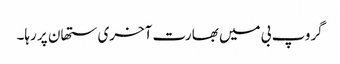
گروپ بی میں بھارت آخری ستھان پر رہا۔